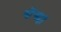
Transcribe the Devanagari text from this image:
बोचहां